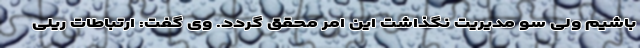
باشیم ولی سو مدیریت نگذاشت این امر محقق گردد. وی گفت: ارتباطات ریلی